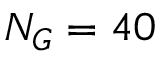
N _ { G } = 4 0